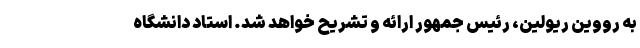
به رووین ریولین، رئیس جمهور ارائه و تشریح خواهد شد. استاد دانشگاه